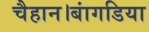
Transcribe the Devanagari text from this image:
चैहान।बांगडिया